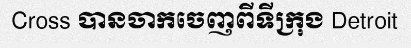
Cross បានចាកចេញពីទីក្រុង Detroit